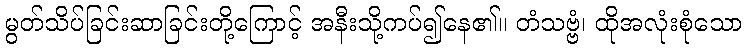
မွတ်သိပ်ခြင်းဆာခြင်းတို့ကြောင့် အနီးသို့ကပ်၍နေ၏။ တံသဗ္ဗံ၊ ထိုအလုံးစုံသော